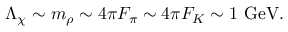
\Lambda _ { \chi } \sim m _ { \rho } \sim 4 \pi { F _ { \pi } } \sim 4 \pi { F _ { K } } \sim 1 \mathrm { ~ G e V } .